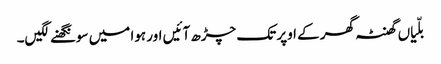
بلّیاں گھنٹہ گھر کے اوپر تک چڑھ آئیں اور ہوا میں سونگھنے لگیں۔